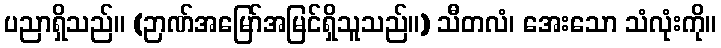
ပညာရှိသည်။ (ဉာဏ်အမြော်အမြင်ရှိသူသည်။) သီတလံ၊ အေးသော သံလုံးကို။